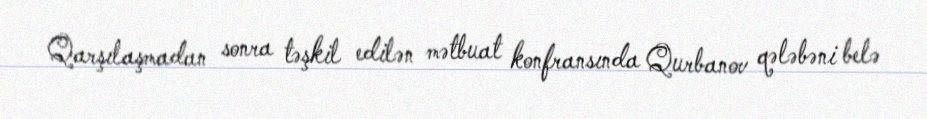
Qarşılaşmadan sonra təşkil edilən mətbuat konfransında Qurbanov qələbəni belə